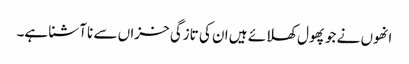
انھوں نے جو پھول کھلائے ہیں ان کی تازگی خزاں سے نا آشنا ہے۔